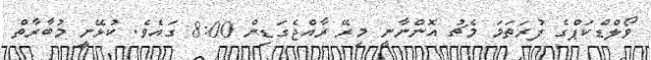
ވޯލްޑްކަޕްގެ ފުރަތަމަ މެޗު އޮންނާނީ މިރޭ ރާއްޖެގަޑިން 8:00 ގައެވެ. ކުޅޭނީ މުބާރާތް